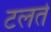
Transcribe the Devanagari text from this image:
टलते